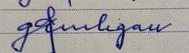
Signature authenticity: forged